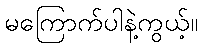
မကြောက်ပါနဲ့ကွယ့်။